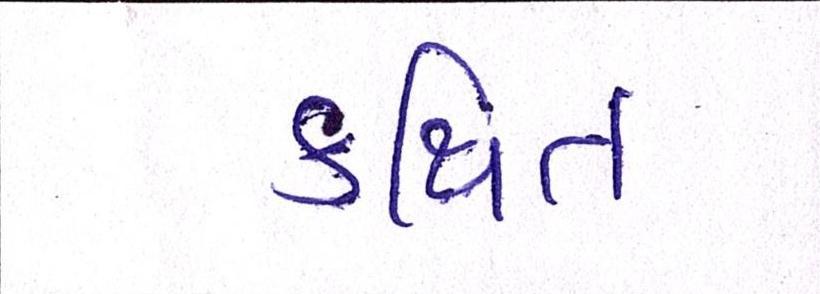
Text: કથિત